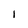
Character: 1